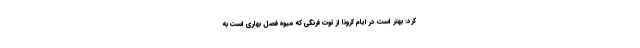
کرد: بهتر است در ایام کرونا از توت فرنگی که میوه فصل بهاری است به